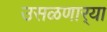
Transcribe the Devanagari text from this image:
उसळणार्‍या